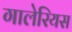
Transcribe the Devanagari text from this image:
गालेरियस